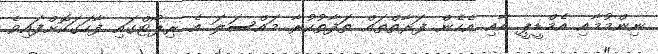
ނިންމުމާއި އެމްޑީޕީ އާއި އެހެން ފަރާތްތައް ތަފާތުކުރާ މައްސަލަ އެ ރިޕޯޓްގައި ފާހަގަކޮށްފައިވެ